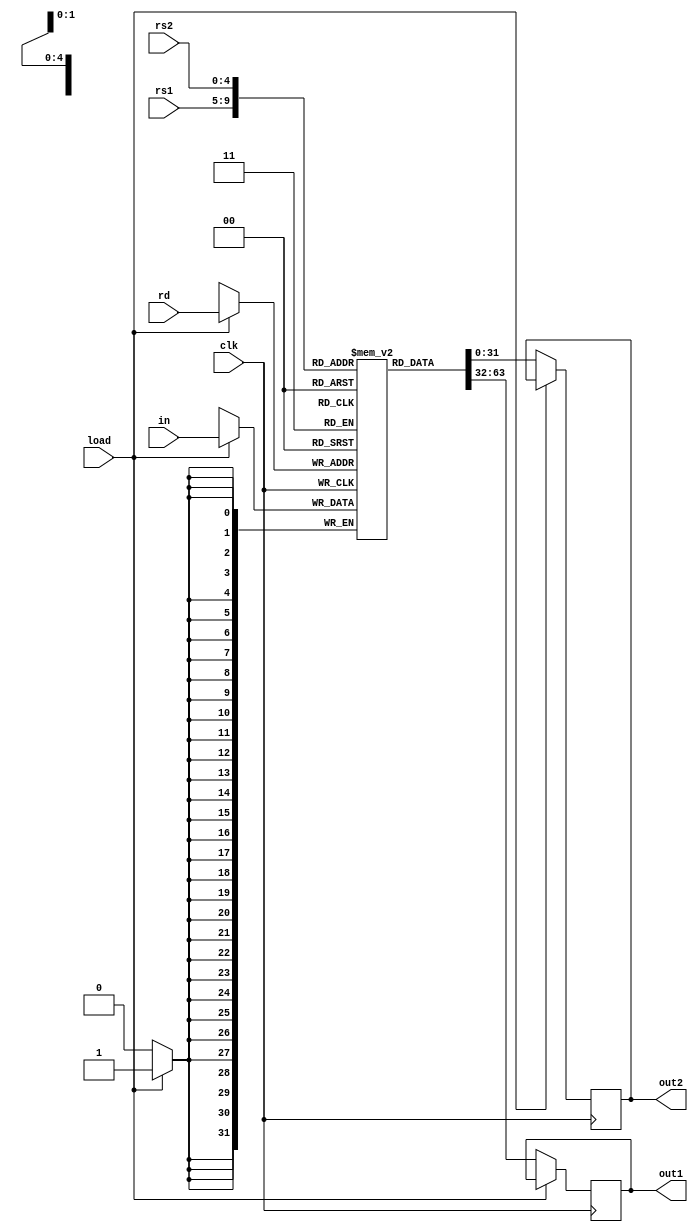
module reg32(
	input clk,
	input [4:0]rs1,
	input [4:0]rs2,
	output reg [31:0] out1,
	output reg [31:0] out2,
	input load,
	input [4:0]rd,
	input [31:0] in
	);

	reg[31:0] regs[0:31];
	integer i;
	initial begin
		for(i=0;i<32;i=i+1)
			regs[i]=0;
	end
	
	always @ (posedge clk) begin
		if(load) begin
			regs[rd]<=in;	
		end else begin
			out1<=regs[rs1];
			out2<=regs[rs2];
		end
	end

endmodule